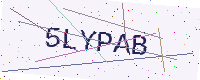
Text: 5LYPAB